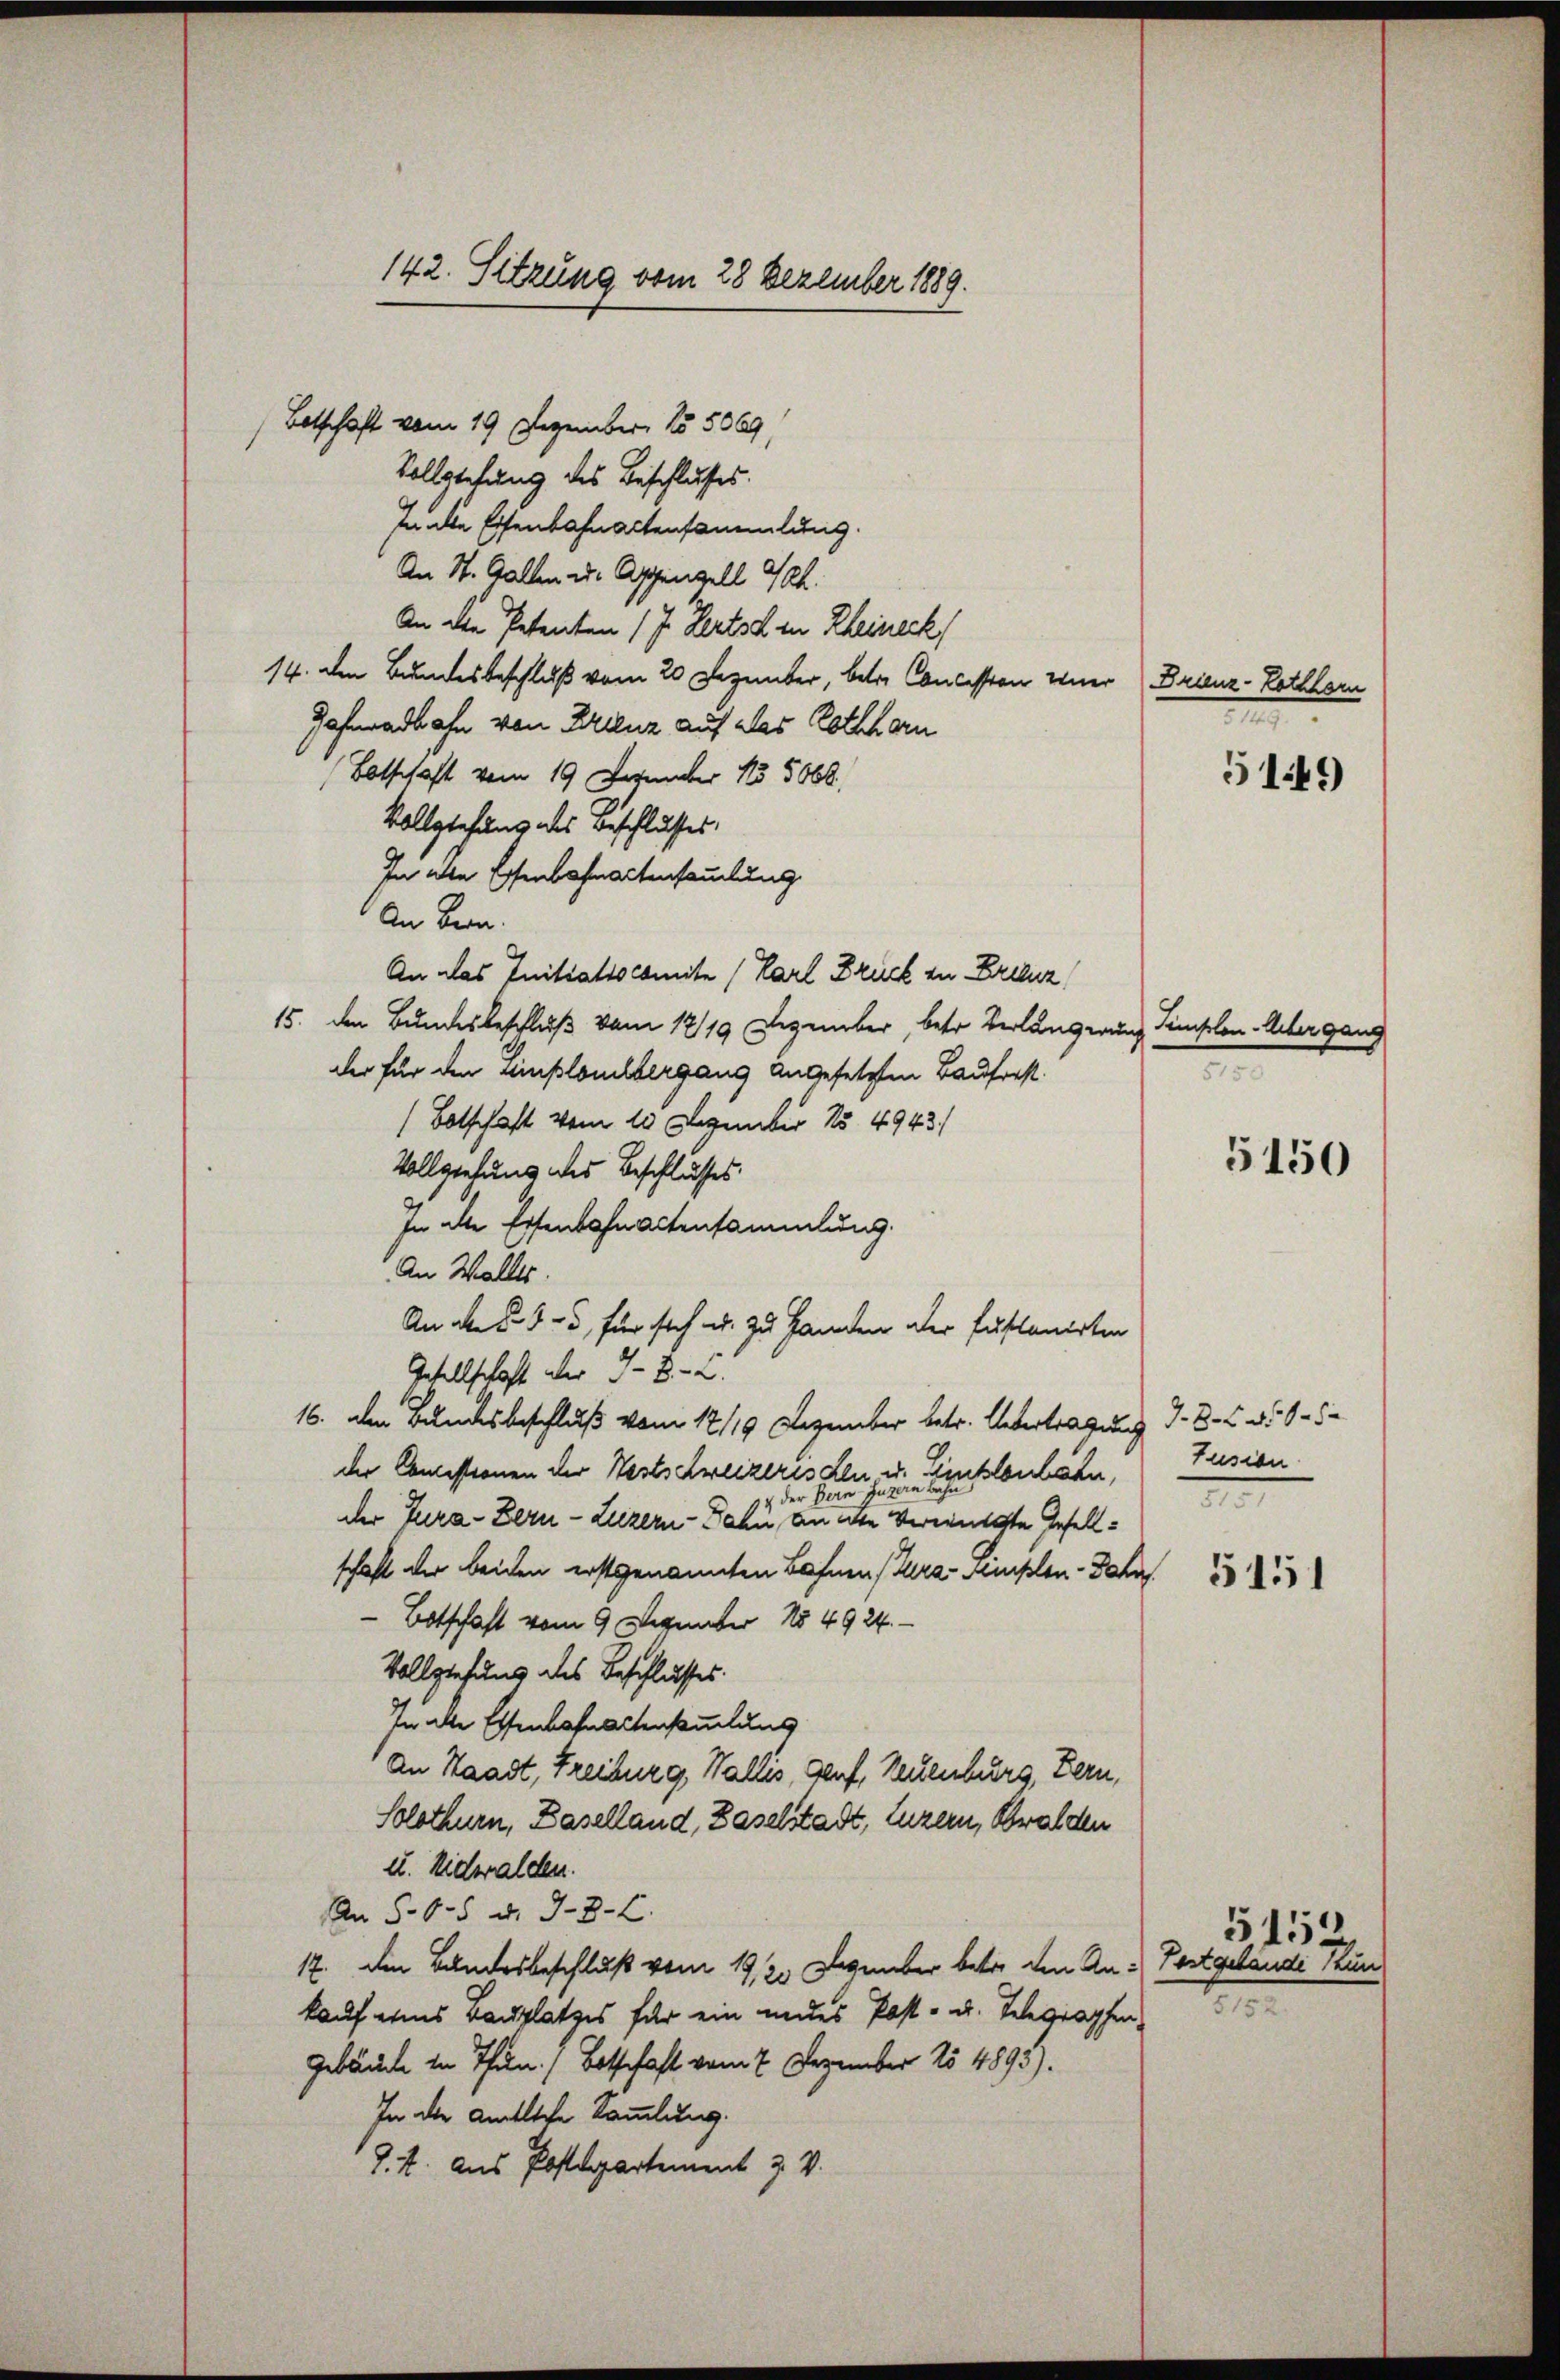
Botschaft vom 19 Dezember 185069,
Vollziehung des Beschlusses.
fe die Eisenbahnactensammlung.
An St. Gallen u. Appenzell A.
An die Petenten (I. Pertod in Rheineck
14. den Bundesbeschluß vom 20 Dezember, betr. Concession einer Brienz-Lothhorn
Zahnardbahn von Krienz auf das Rothhorn
Botschaft vom 19 Dezember 1855068.
Vollziehung des Beschlusses
In alle Essenbahnartensammlung
An Bern.
An das Initiatiocomite (Karl Druck zu Grenz
15. den Bundesbeschluß vom 17/19. Dezember, betr. Verlangerung Simplon-Übergang
der für den Zinslouilbergang angesetzten Bauforst
(Botschaft vom 10 Dezember No 4943)
Vollziehung des Beschlusses.
In alte Eisenbahn actensammlung.
An Walles.
An den 4 - 5. für sich u. zu Handen aber fustanirten
Gesellschaft aber 3. B. L.
16. den Bundesbeschluß vom 17/19. Dezember betr. Uebertragung d. 8. d. 15
der Comissionen der Westschreizeris den u. Einklenbahn,
der Jura - Bern - Luzern - Jahn, an de Vereinigste Gesellschaft der beiden erstgenannten Bahnen (Kura-Amslen-Jahn
Botschaft vom 9 Dezember No 4924.
Vollziehung des Beschlusses.
In der Essenbahnaktensammlung
An Staadt, Freiburg, Wallis, Genf, Neuenburg, Bern,
Solothurn, Baselland, Baselstadt, Luzern, Obwalden
u. Nidwalden.
An S. 65 u. 382.
17. den Bundesbeschluß vom 192. Dezember betre den An- Fortgelände kun
kauf eines Bauplatzes für ein medes Post- u. Telegraphen,
Gebäude in Thun. / Botschaft vom 7. Dezember 154893).
In die amtliche Sammlung.
§. 4. aus Postdepartement J. V.

142. Sitzung vom 28 Dezember 1889.

2

5149

5150

Fusion
2

5151

7

5159